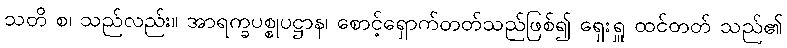
သတိ စ၊ သည်လည်း။ အာရက္ခပစ္စုပဋ္ဌာန၊ စောင့်ရှောက်တတ်သည်ဖြစ်၍ ရှေးရှူ ထင်တတ် သည်၏